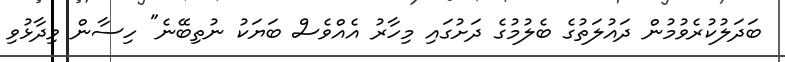
ބަދަލުކުރެވުމުން ދައުލަތުގެ ބެލުމުގެ ދަށުގައި މިހާރު އެއްވެސް ބަޔަކު ނުތިބޭނެ" ހިސާން ވިދާޅުވި